Indian journal of veterinary science and animal husbandry - Volumes 24-25, 1954-1955
Year: 1954
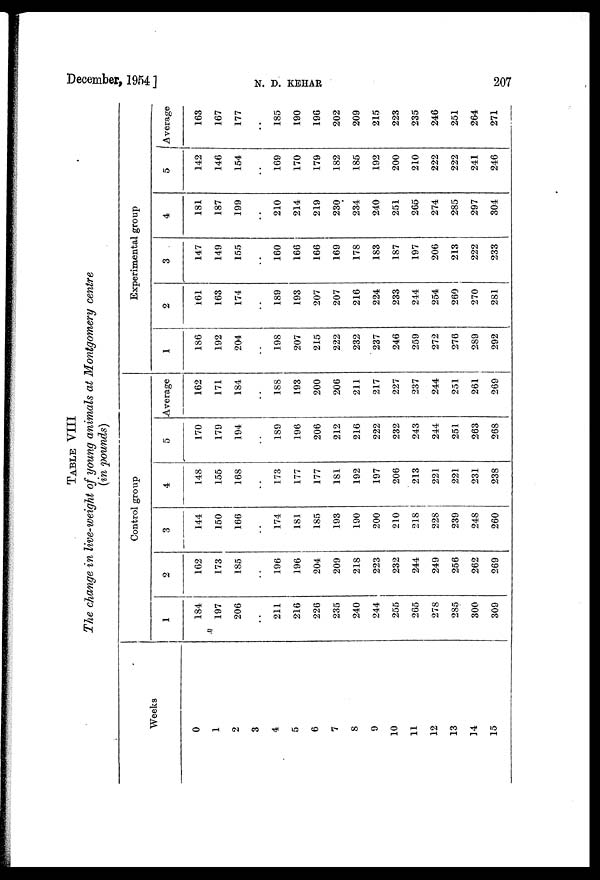
December, 1954]
N.
D.
KEHAR
207
TABLE VIII
The change in live-weight of young animals at Montgomery centre
(in pounds)
Weeks
0
1
2
3
4
5
6
7
8
9
10
11
12
13
14
15
Control group
1
184
197
206
..
211
216
226
235
240
244
255
265
278
285
300
309
2
162
173
185
..
196
196
204
209
218
223
232
244
249
256
262
269
3
144
150
166
..
174
181
185
193
190
200
210
218
228
239
248
260
4
148
155
168
..
173
177
177
181
192
197
206
213
221
221
231
238
5
170
179
194
..
189
196
206
212
216
222
232
243
244
251
263
268
Average
162
171
184
..
188
193
200
206
211
217
227
237
244
251
261
269
Experimental group
1
186
192
204
..
198
207
215
222
232
237
246
259
272
276
289
292
2
161
163
174
..
189
193
207
207
216
224
233
244
254
260
270
281
3
147
149
155
..
160
166
166
169
178
183
187
197
206
213
222
233
4
181
187
199
..
210
214
219
230
234
240
251
265
274
285
297
304
5
142
146
154
..
169
170
179
182
185
192
200
210
222
222
241
246
Average
163
167
177
..
185
190
196
202
209
215
223
235
246
251
264
271